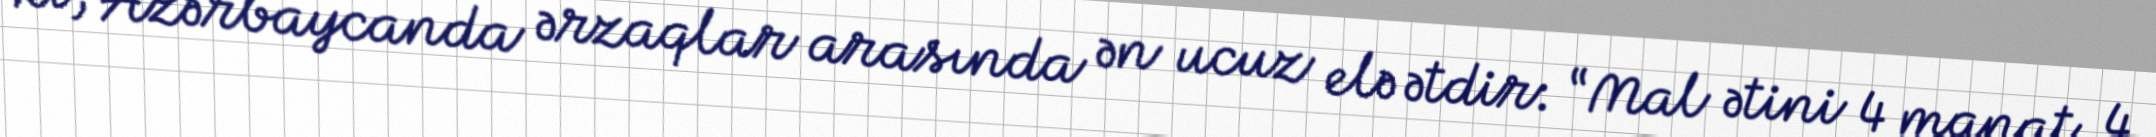
ki, Azərbaycanda ərzaqlar arasında ən ucuz elə ətdir: “Mal ətini 4 manat, 4